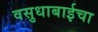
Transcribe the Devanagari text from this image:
वसुधाबाईचा